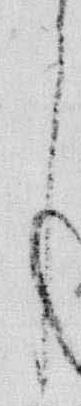
了